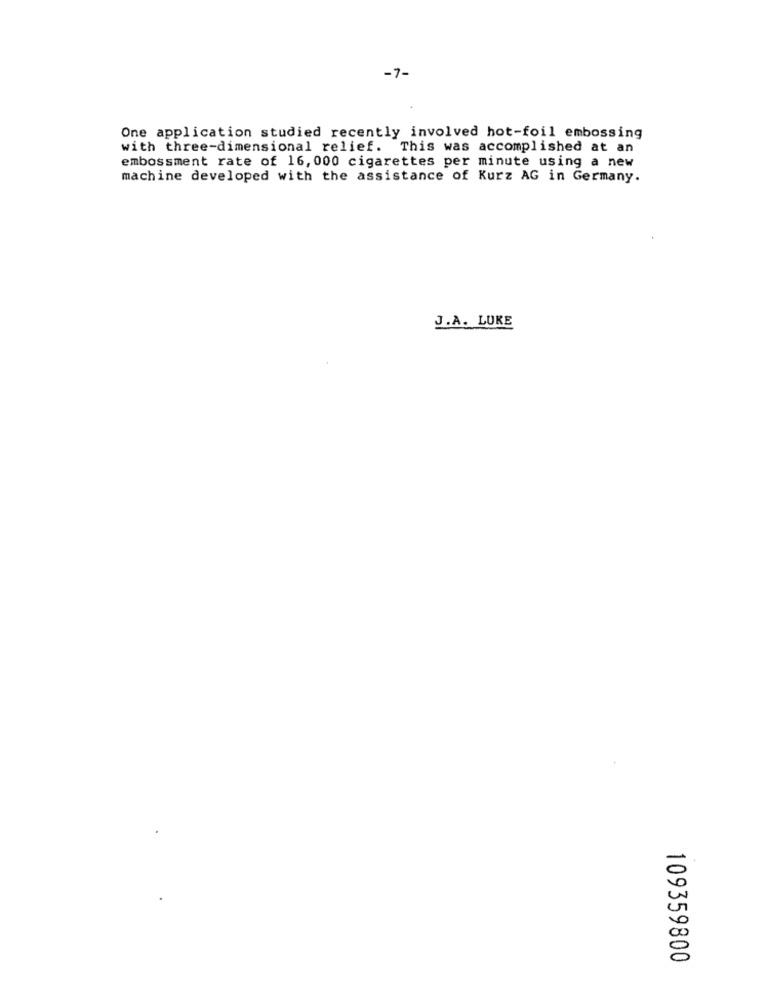
-7-
One application studied recently involved hot-foil embossing
with three-dimensional relief. This was accomplished at an
embossment rate of 16, 000 cigarettes per minute using a new
machine developed with the assistance of Kurz AG in Germany.
J.A. LUKE
109359800